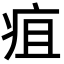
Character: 疽